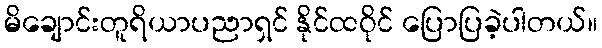
မိချောင်းတူရိယာပညာရှင် နိုင်ထဝိုင် ပြောပြခဲ့ပါတယ်။